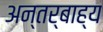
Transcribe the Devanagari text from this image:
अन्तर्बाह्य